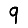
Digit: 9